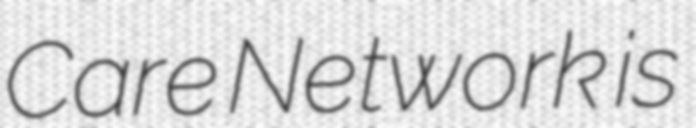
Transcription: Care Network is